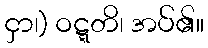
ငှာ၊) ဝဋ္ဋတိ၊ အပ်၏။